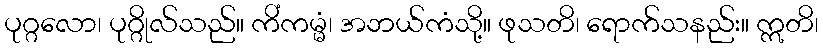
ပုဂ္ဂလော၊ ပုဂ္ဂိုလ်သည်။ ကိံကမ္မံ၊ အဘယ်ကံသို့။ ဖုသတိ၊ ရောက်သနည်း။ ဣတိ၊